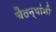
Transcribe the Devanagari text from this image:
चैतन्यांनी